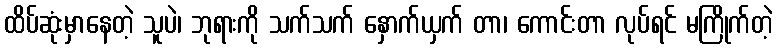
ထိပ်ဆုံးမှာနေတဲ့ သူပဲ၊ ဘုရားကို သက်သက် နှောက်ယှက် တာ၊ ကောင်းတာ လုပ်ရင် မကြိုက်တဲ့